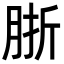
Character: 䏳